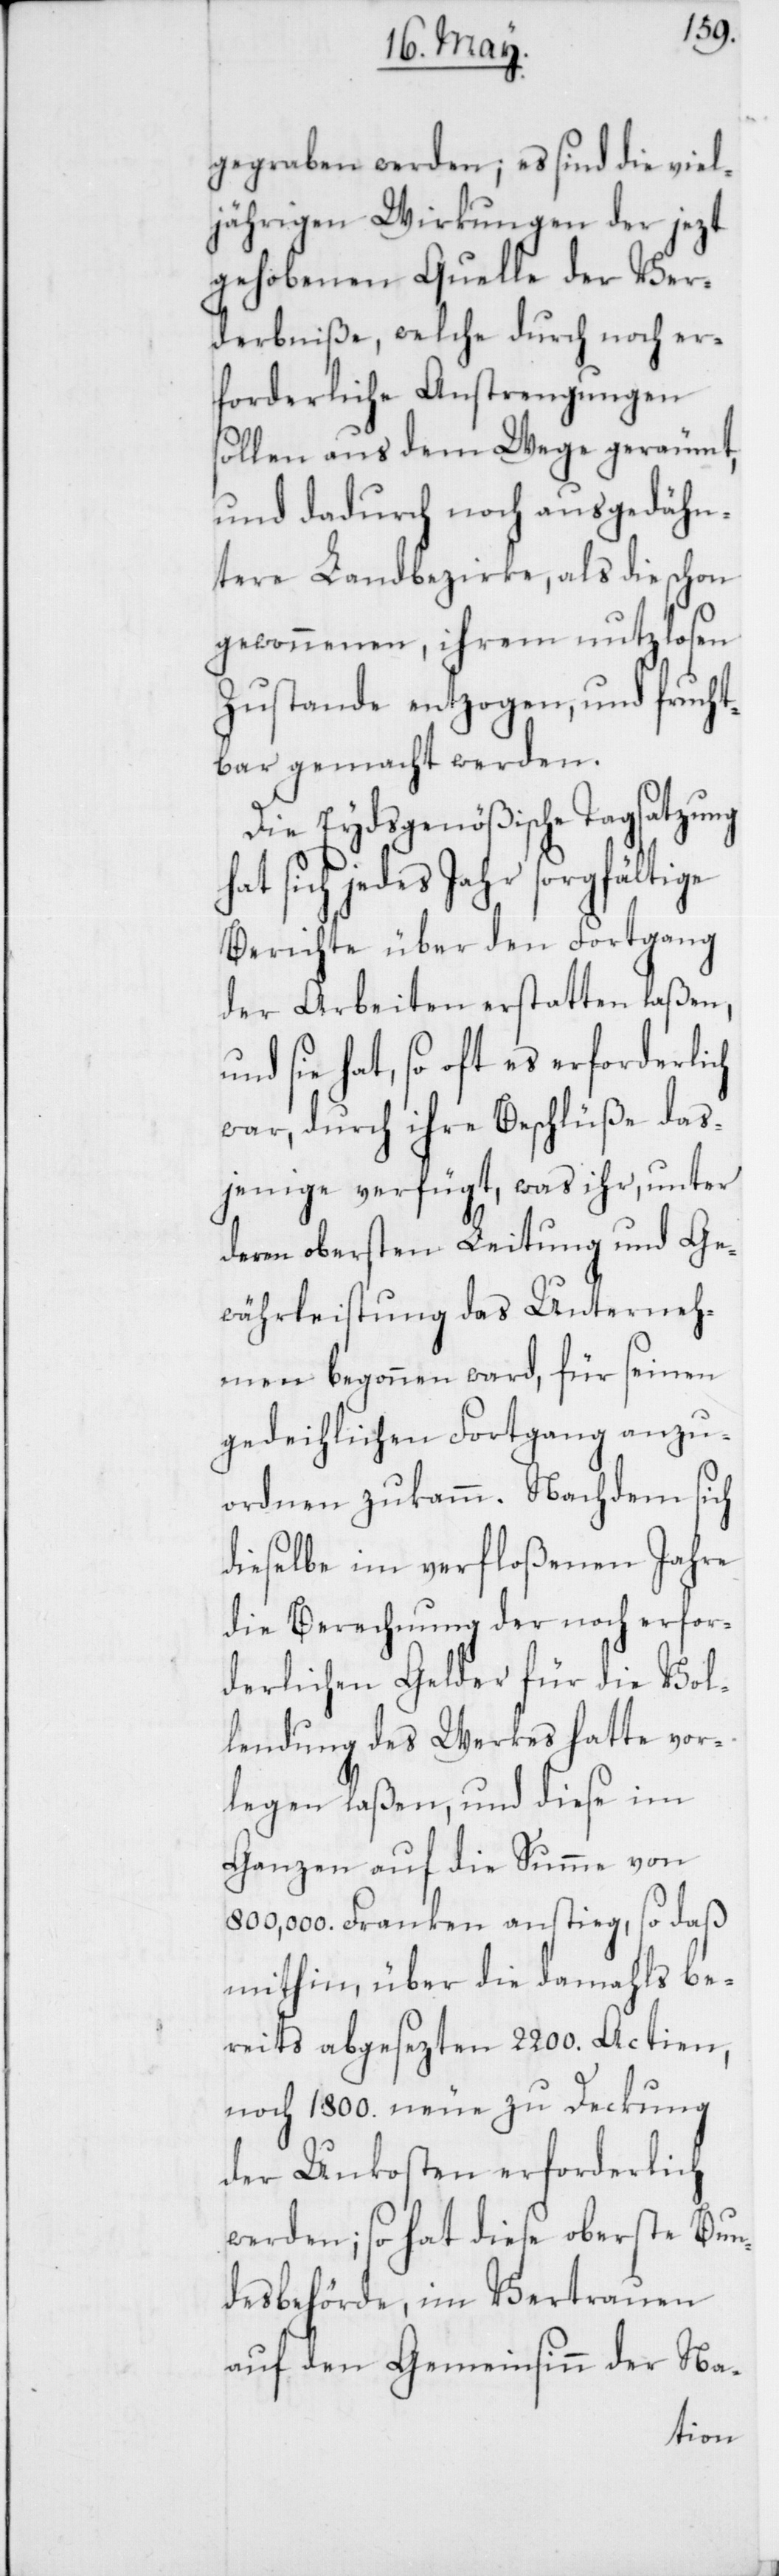
gegraben werden, es sind die viel¬
jährigen Wirkungen der jezt
gehobenen Quelle der Ver¬
derbniße, welche durch noch er¬
forderliche Anstrengungen
sollen aus dem Wege geräumt,
und dadurch noch ausgedähn¬
tere Landbezirke, als die schon
gewonnenen, ihrem nutzlosen
Zustande entzogen, und frucht¬
bar gemacht werden.
Die Eydsgenößische Tagsatzung
sich jedes Jahr sorgfältige
Berichte über den Fortgang
der Arbeiten erstatten laßen,
und sie hat, so oft es erforderlich
war, durch ihre Beschlüße das¬
jenige verfügt, was ihr, unter
deren obersten Leitung und Ge¬
währleistung das Unterneh¬
men begonnen ward, für seinen
gedeihlichen Fortgang anzu¬
ordnen zukamm. Nachdem sich
dieselbe im verfloßenen Jahre
die Berechnung der noch erfor¬
derlichen Gelder für die Vol¬
lendung des Werks hatte vor¬
legen laßen, und diese im
Ganzen auf die Summe von
800,000. Franken anstieg, so daß
mithin, über die damahls be¬
reits abgesezten 2200. Actien,
noch 1800. neue zur Deckung
der Unkosten erforderlich
werden; so hat diese oberste Bun¬
desbehörde, im Vertrauen
auf den Gemeinsinn der Na-